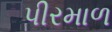
પીરમાળ